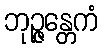
ဘုဉ္ဇန္တေကံ